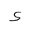
Letter: _hamza